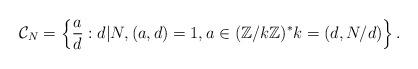
LaTeX: \begin{align*}\mathcal{C}_N=\left\lbrace\frac{a}{d}:d|N,(a,d)=1, a\in(\mathbb{Z}/k\mathbb{Z})^* k=(d,N/d) \right\rbrace .\end{align*}